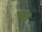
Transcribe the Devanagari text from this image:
चक्ष